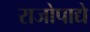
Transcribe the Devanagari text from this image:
राजोपाद्ये